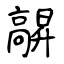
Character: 髜